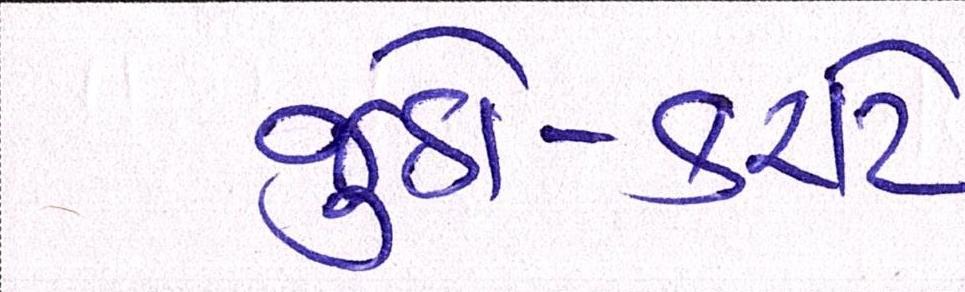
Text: જુડો-કરાટે